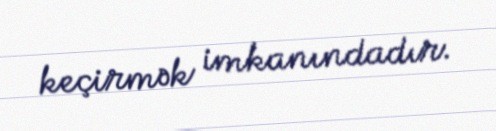
keçirmək imkanındadır.